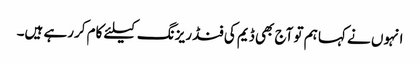
انہوں نے کہا ہم تو آج بھی ڈیم کی فنڈ ریزنگ کیلئے کام کررہے ہیں۔